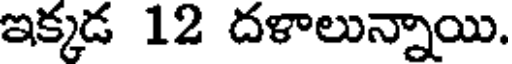
ఇక్కడ 12 దళాలున్నాయి.